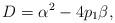
LaTeX: \begin{align*}D=\alpha^2-4p_1\beta,\end{align*}